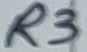
Text: R3